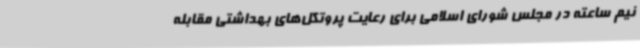
نیم ساعته در مجلس شورای اسلامی برای رعایت پروتکل‌های بهداشتی مقابله